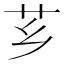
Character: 芗